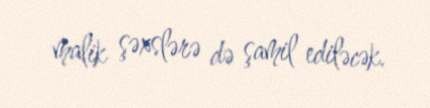
malik şəxslərə də şamil ediləcək.